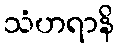
သံဟရာနိ